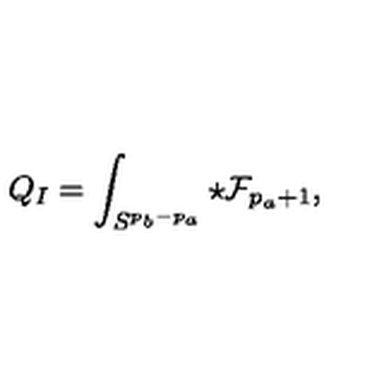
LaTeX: Q _ { I } = \int _ { S ^ { p _ { b } - p _ { a } } } \star { \cal F } _ { p _ { a } + 1 } ,